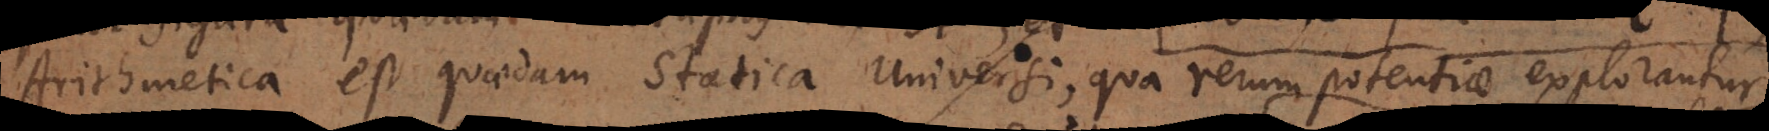
Arithmetica est quaedam Statica Universi, qua rerum gradus explorantur